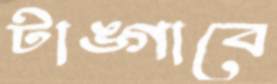
টাঙ্গাবে